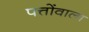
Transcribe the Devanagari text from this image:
पत्तोंवाला